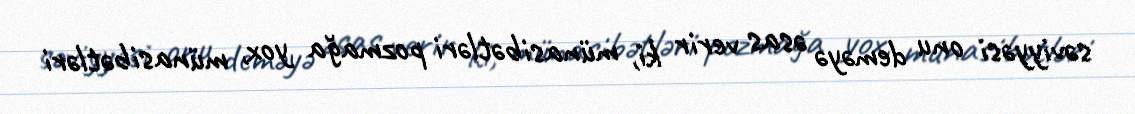
səviyyəsi onu deməyə əsas verir ki, münasibətləri pozmağa yox, münasibətləri